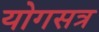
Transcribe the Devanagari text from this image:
योगसत्र